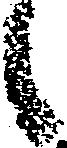
候